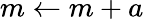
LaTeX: m\gets m+a